Report of an investigation into the causes of malaria in Bombay and the measures necessary for its control
Disease focus: Malaria
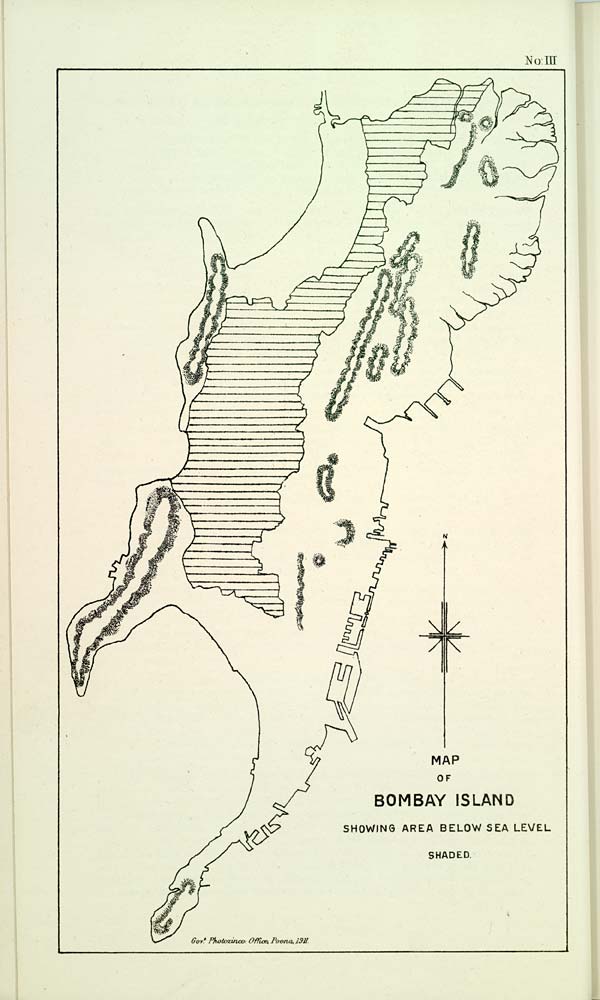
No: III